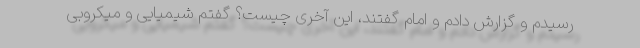
رسیدم و گزارش دادم و امام گفتند، این آخری چیست؟ گفتم شیمیایی و میکروبی